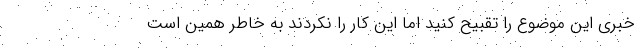
خبری این موضوع را تقبیح کنید اما این کار را نکردند به خاطر همین است